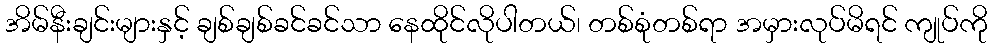
အိမ်နီးချင်းများနှင့် ချစ်ချစ်ခင်ခင်သာ နေထိုင်လိုပါတယ်၊ တစ်စုံတစ်ရာ အမှားလုပ်မိရင် ကျုပ်ကို